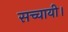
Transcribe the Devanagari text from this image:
सच्चायी।